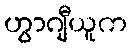
ဟွာဂျီယူက